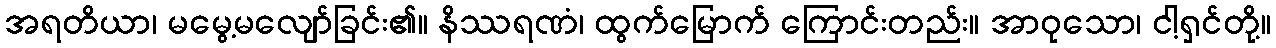
အရတိယာ၊ မမွေ့မလျော်ခြင်း၏။ နိဿရဏံ၊ ထွက်မြောက် ကြောင်းတည်း။ အာဝုသော၊ ငါ့ရှင်တို့။